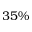
3 5 \%